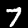
Label: 7